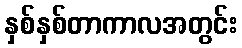
နှစ်နှစ်တာကာလအတွင်း